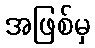
အဖြစ်မှ